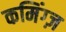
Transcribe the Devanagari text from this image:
कमिंग्ज़